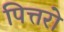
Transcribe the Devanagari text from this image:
पित्तरो